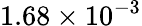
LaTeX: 1.68\times 10^{-3}